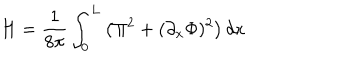
LaTeX: H = \frac { 1 } { 8 \pi } \int _ { 0 } ^ { L } \left( \Pi ^ { 2 } + ( \partial _ { x } \Phi ) ^ { 2 } \right) d x